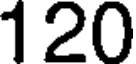
120